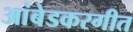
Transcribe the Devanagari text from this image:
आंबेडकरगीत